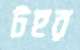
টহর